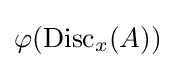
\varphi (\operatorname {Disc} _{x}(A))